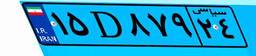
۰۱D۹۷۱۵۱